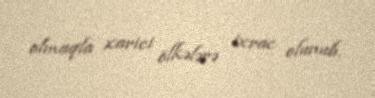
olmaqla xarici ölkələrə ixrac olunub.